38_143685_box_Incident_Summaries_173-233
Agency: Department of War
Page 107
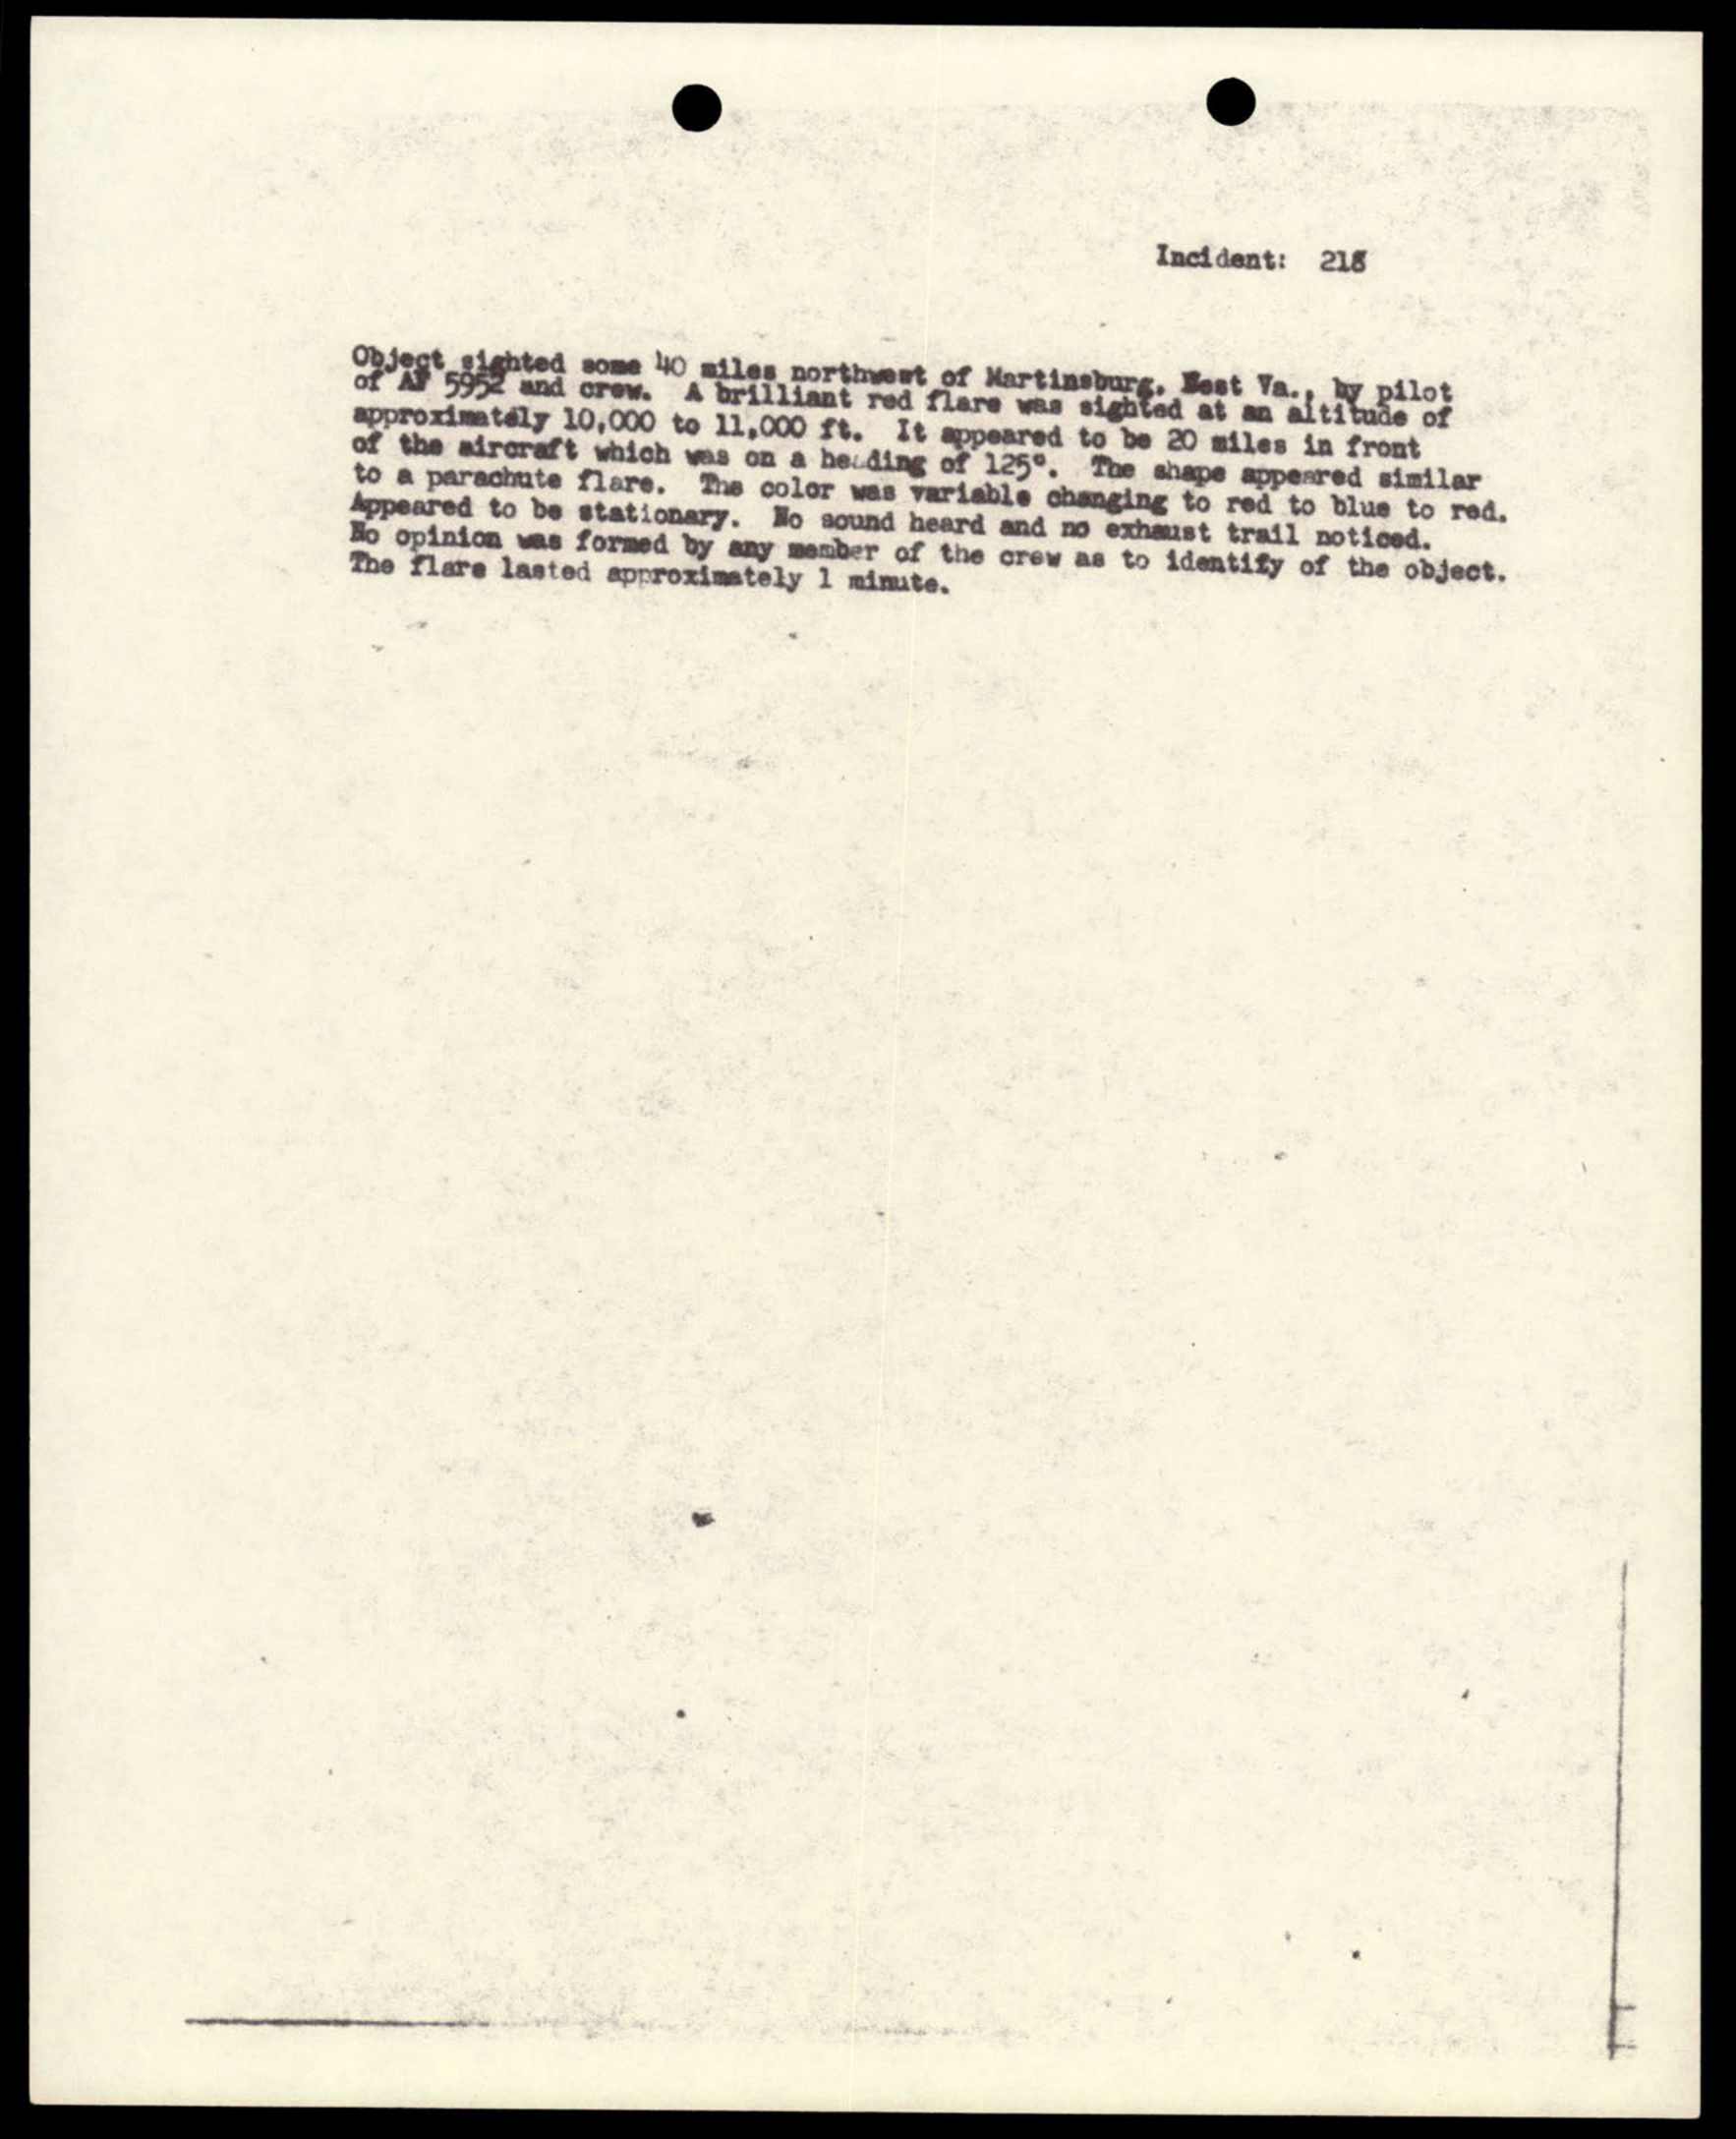